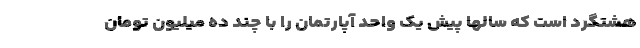
هشتگرد است که سالها پیش یک واحد آپارتمان را با چند ده میلیون تومان